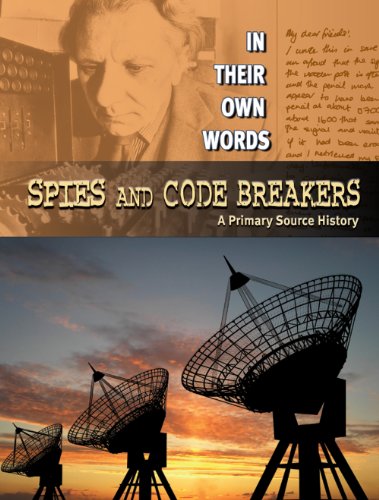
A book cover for Spies and Code Breakers: A Primary Source History (In Their Own Words); Carey Scott; Children's Books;